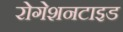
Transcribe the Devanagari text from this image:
रोगेशनटाइड